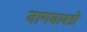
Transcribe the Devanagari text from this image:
नागबावडी